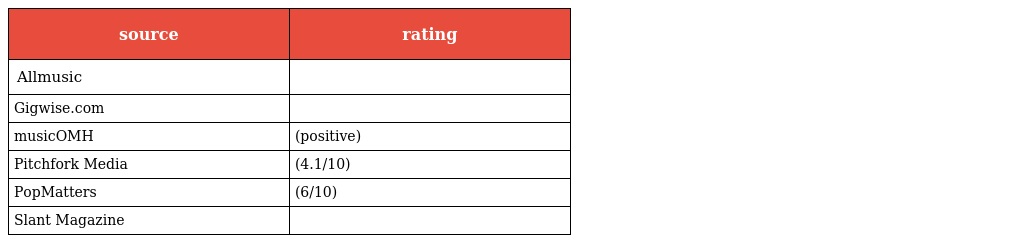
| source | rating |
 | --- | --- |
 | Allmusic |  |
 | Gigwise.com |  |
 | musicOMH | (positive) |
 | Pitchfork Media | (4.1/10) |
 | PopMatters | (6/10) |
 | Slant Magazine |  |